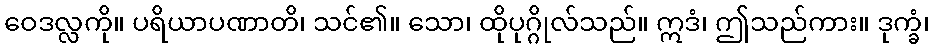
ဝေဒလ္လကို။ ပရိယာပဏာတိ၊ သင်၏။ သော၊ ထိုပုဂ္ဂိုလ်သည်။ ဣဒံ၊ ဤသည်ကား။ ဒုက္ခံ၊